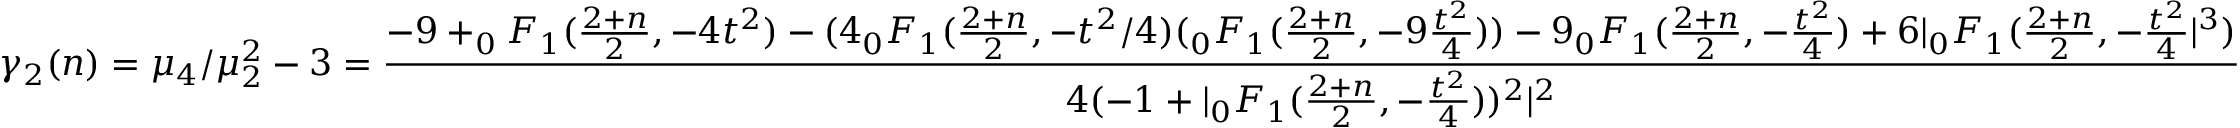
\gamma _ { 2 } ( n ) = \mu _ { 4 } / \mu _ { 2 } ^ { 2 } - 3 = { \frac { - 9 + _ { 0 } F _ { 1 } ( { \frac { 2 + n } { 2 } } , - 4 t ^ { 2 } ) - ( 4 _ { 0 } F _ { 1 } ( { \frac { 2 + n } { 2 } } , - t ^ { 2 } / 4 ) ( _ { 0 } F _ { 1 } ( { \frac { 2 + n } { 2 } } , - 9 { \frac { t ^ { 2 } } { 4 } } ) ) - 9 _ { 0 } F _ { 1 } ( { \frac { 2 + n } { 2 } } , - { \frac { t ^ { 2 } } { 4 } } ) + 6 | _ { 0 } F _ { 1 } ( { \frac { 2 + n } { 2 } } , - { \frac { t ^ { 2 } } { 4 } } | ^ { 3 } ) } { 4 ( - 1 + | _ { 0 } F _ { 1 } ( { \frac { 2 + n } { 2 } } , - { \frac { t ^ { 2 } } { 4 } } ) ) ^ { 2 } | ^ { 2 } } }